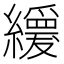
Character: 𦇌